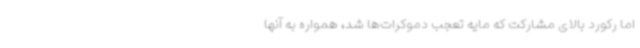
اما رکورد بالای مشارکت که مایه تعجب دموکرات‌ها شد، همواره به آنها